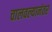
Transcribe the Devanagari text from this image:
चालवल्यानंतर